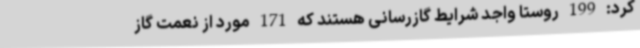
کرد: 199 روستا واجد شرایط گازرسانی هستند که 171 مورد از نعمت گاز